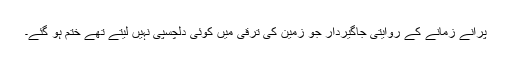
پرانے زمانے کے روایتی جاگیردار جو زمین کی ترقی میں کوئی دلچسپی نہیں لیتے تھے ختم ہو گئے۔